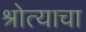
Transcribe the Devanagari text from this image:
श्रोत्याचा